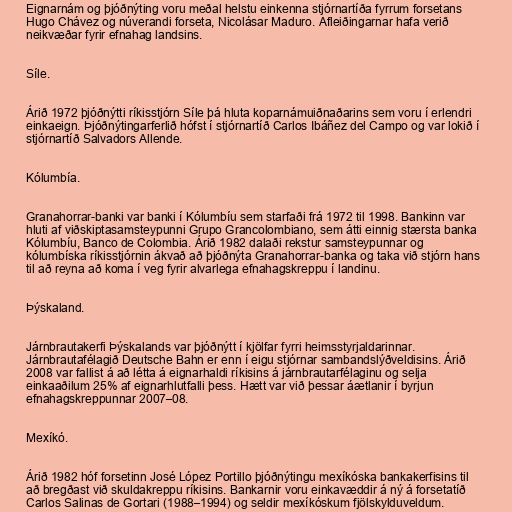
Eignarnám og þjóðnýting voru meðal helstu einkenna stjórnartíða fyrrum forsetans
Hugo Chávez og núverandi forseta, Nicolásar Maduro. Afleiðingarnar hafa verið
neikvæðar fyrir efnahag landsins.

Síle.

Árið 1972 þjóðnýtti ríkisstjórn Síle þá hluta koparnámuiðnaðarins sem voru í erlendri
einkaeign. Þjóðnýtingarferlið hófst í stjórnartíð Carlos Ibáñez del Campo og var lokið í
stjórnartíð Salvadors Allende.

Kólumbía.

Granahorrar-banki var banki í Kólumbíu sem starfaði frá 1972 til 1998. Bankinn var
hluti af viðskiptasamsteypunni Grupo Grancolombiano, sem átti einnig stærsta banka
Kólumbíu, Banco de Colombia. Árið 1982 dalaði rekstur samsteypunnar og
kólumbíska ríkisstjórnin ákvað að þjóðnýta Granahorrar-banka og taka við stjórn hans
til að reyna að koma í veg fyrir alvarlega efnahagskreppu í landinu.

Þýskaland.

Járnbrautakerfi Þýskalands var þjóðnýtt í kjölfar fyrri heimsstyrjaldarinnar.
Járnbrautafélagið Deutsche Bahn er enn í eigu stjórnar sambandslýðveldisins. Árið
2008 var fallist á að létta á eignarhaldi ríkisins á járnbrautarfélaginu og selja
einkaaðilum 25% af eignarhlutfalli þess. Hætt var við þessar áætlanir í byrjun
efnahagskreppunnar 2007–08.

Mexíkó.

Árið 1982 hóf forsetinn José López Portillo þjóðnýtingu mexíkóska bankakerfisins til
að bregðast við skuldakreppu ríkisins. Bankarnir voru einkavæddir á ný á forsetatíð
Carlos Salinas de Gortari (1988–1994) og seldir mexíkóskum fjölskylduveldum.